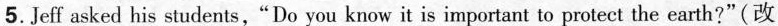
5. Jeff asked his students,"Do you know it is important to protect the earth?"(改